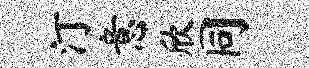
汀意欣同